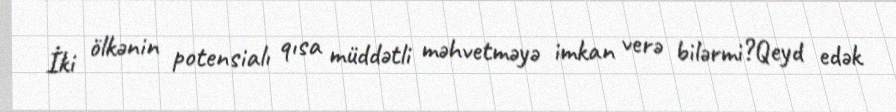
İki ölkənin potensialı qısa müddətli məhvetməyə imkan verə bilərmi?Qeyd edək